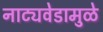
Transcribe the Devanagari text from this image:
नाट्यवेडामुळे